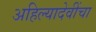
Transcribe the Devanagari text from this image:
अहिल्यादेवींचा